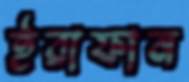
ইরাফান